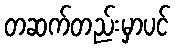
တဆက်တည်းမှာပင်